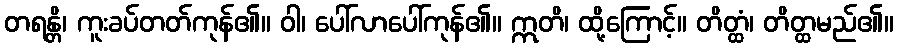
တရန္တိ၊ ကူးခပ်တတ်ကုန်၏။ ဝါ၊ ပေါ်လာပေါ်ကုန်၏။ ဣတိ၊ ထို့ကြောင့်။ တိတ္ထံ၊ တိတ္ထမည်၏။